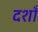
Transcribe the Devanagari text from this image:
दशाँ